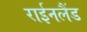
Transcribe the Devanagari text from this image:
राईनलैंड